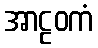
အာဠဝကံ